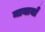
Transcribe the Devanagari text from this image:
मायायाँ